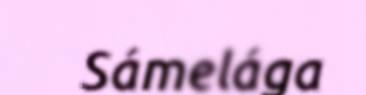
Sámelága